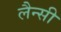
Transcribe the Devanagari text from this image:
लैन्सी